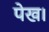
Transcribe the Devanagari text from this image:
पेख।